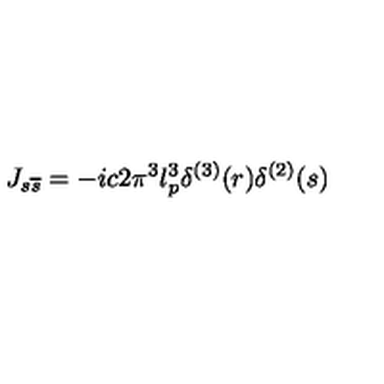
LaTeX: J _ { s \overline { { s } } } = - i c 2 \pi ^ { 3 } l _ { p } ^ { 3 } \delta ^ { ( 3 ) } ( r ) \delta ^ { ( 2 ) } ( s )